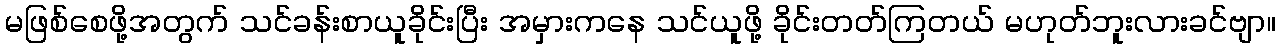
မဖြစ်စေဖို့အတွက် သင်ခန်းစာယူခိုင်းပြီး အမှားကနေ သင်ယူဖို့ ခိုင်းတတ်ကြတယ် မဟုတ်ဘူးလားခင်ဗျာ။